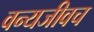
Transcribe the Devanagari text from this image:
वन्यजीवच